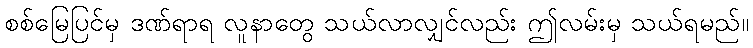
စစ်မြေပြင်မှ ဒဏ်ရာရ လူနာတွေ သယ်လာလျှင်လည်း ဤလမ်းမှ သယ်ရမည်။